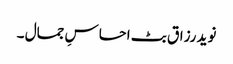
نوید رزاق بٹ احساسِ جمال ۔